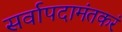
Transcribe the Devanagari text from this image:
सर्वापदामंतकरं